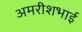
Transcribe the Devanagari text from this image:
अमरीशभाई